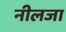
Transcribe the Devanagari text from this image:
नीलजा